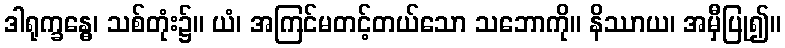
ဒါရုက္ခန္ဓေ၊ သစ်တုံး၌။ ယံ၊ အကြင်မတင့်တယ်သော သဘောကို။ နိဿာယ၊ အမှီပြု၍။